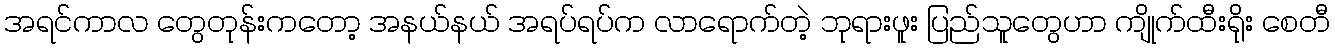
အရင်ကာလ တွေတုန်းကတော့ အနယ်နယ် အရပ်ရပ်က လာရောက်တဲ့ ဘုရားဖူး ပြည်သူတွေဟာ ကျိုက်ထီးရိုး စေတီ